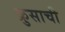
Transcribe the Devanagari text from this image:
क्रुसाची